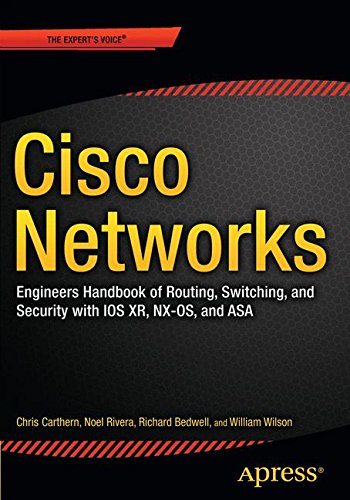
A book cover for Cisco Networks: Engineers Handbook of Routing, Switching, and Security with IOS, NX-OS, and ASA; Chris Carthern; Computers & Technology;